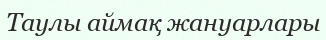
Таулы аймақ жануарлары